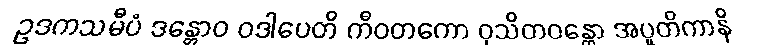
ဥဒကသမီပံ ဒန္တောဝ ဝဒါပေတိ ကီဝတကော ဝုသိတဝန္တော အပူတိကာနိ